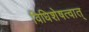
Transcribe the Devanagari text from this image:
विधिशेषत्वात्